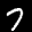
Label: 7